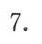
7.